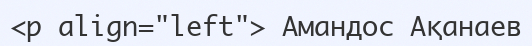
<p align="left"> Амандос Ақанаев